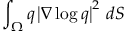
\int _ { \Omega } q \left\lvert { \nabla \log q } \right\rvert ^ { 2 } \, d S